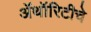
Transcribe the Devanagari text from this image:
ॲथॉरिटीचे